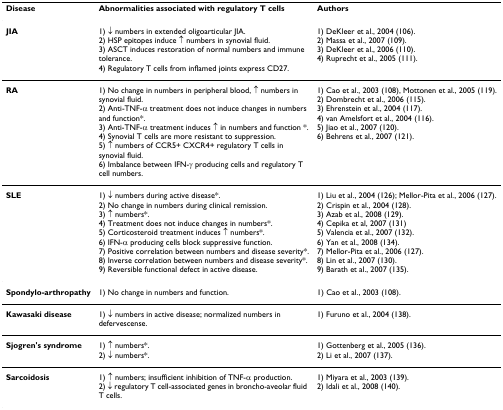
<table><thead><tr><td><b>Disease</b></td><td><b>Abnormalities associated with regulatory T cells</b></td><td><b>Authors</b></td></tr></thead><tbody><tr><td><b>JIA</b></td><td>1) ↓ numbers in extended oligoarticular JIA.2) HSP epitopes induce ↑ numbers in synovial fluid.3) ASCT induces restoration of normal numbers and immune tolerance.4) Regulatory T cells from inflamed joints express CD27.</td><td>1) DeKleer et al., 2004 (106).2) Massa et al., 2007 (109).3) DeKleer et al., 2006 (110).4) Ruprecht et al., 2005 (111).</td></tr><tr><td><b>RA</b></td><td>1) No change in numbers in peripheral blood, ↑ numbers in synovial fluid.2) Anti-TNF-α treatment does not induce changes in numbers and function*.3) Anti-TNF-α treatment induces ↑ in numbers and function *.4) Synovial T cells are more resistant to suppression.5) ↑ numbers of CCR5+ CXCR4+ regulatory T cells in synovial fluid.6) Imbalance between IFN-γ producing cells and regulatory T cell numbers.</td><td>1) Cao et al., 2003 (108), Mottonen et al., 2005 (119).2) Dombrecht et al., 2006 (115).3) Ehrenstein et al., 2004 (117).4) van Amelsfort et al., 2004 (116).5) Jiao et al., 2007 (120).6) Behrens et al., 2007 (121).</td></tr><tr><td><b>SLE</b></td><td>1) ↓ numbers during active disease*.2) No change in numbers during clinical remission.3) ↑ numbers*.4) Treatment does not induce changes in numbers*.5) Corticosteroid treatment induces ↑ numbers*.6) IFN-α producing cells block suppressive function.7) Positive correlation between numbers and disease severity*.8) Inverse correlation between numbers and disease severity*.9) Reversible functional defect in active disease.</td><td>1) Liu et al., 2004 (126); Mellor-Pita et al., 2006 (127).2) Crispin et al., 2004 (128).3) Azab et al., 2008 (129).4) Cepika et al, 2007 (131)5) Valencia et al., 2007 (132).6) Yan et al., 2008 (134).7) Mellor-Pita et al., 2006 (127).8) Lin et al., 2007 (130).9) Barath et al., 2007 (135).</td></tr><tr><td><b>Spondylo-arthropathy</b></td><td>1) No change in numbers and function.</td><td>1) Cao et al., 2003 (108).</td></tr><tr><td><b>Kawasaki disease</b></td><td>1) ↓ numbers in active disease; normalized numbers in defervescense.</td><td>1) Furuno et al., 2004 (138).</td></tr><tr><td><b>Sjogren&#x27;s syndrome</b></td><td>1) ↑ numbers*.2) ↓ numbers*.</td><td>1) Gottenberg et al., 2005 (136).2) Li et al., 2007 (137).</td></tr><tr><td><b>Sarcoidosis</b></td><td>1) ↑ numbers; insufficient inhibition of TNF-α production.2) ↓ regulatory T cell-associated genes in broncho-aveolar fluid T cells.</td><td>1) Miyara et al., 2003 (139).2) Idali et al., 2008 (140).</td></tr></tbody></table>